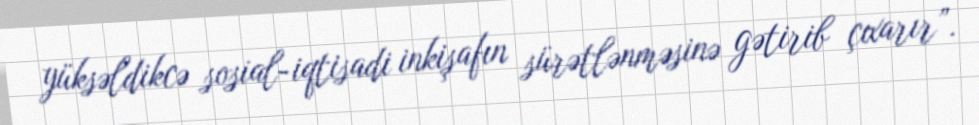
yüksəldikcə sosial-iqtisadi inkişafın sürətlənməsinə gətirib çıxarır”.